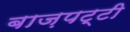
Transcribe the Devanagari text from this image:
बाज़पट्टी